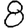
Digit: 8